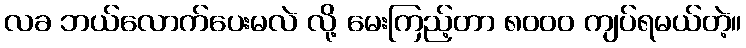
လခ ဘယ်လောက်ပေးမလဲ လို့ မေးကြည့်တာ ၈၀၀၀ ကျပ်ရမယ်တဲ့။